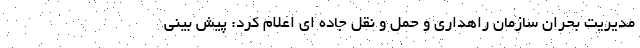
مدیریت بحران سازمان راهداری و حمل و نقل جاده ای اعلام کرد: پیش بینی